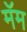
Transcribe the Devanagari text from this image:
मॅम